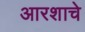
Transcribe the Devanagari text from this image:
आरशाचे